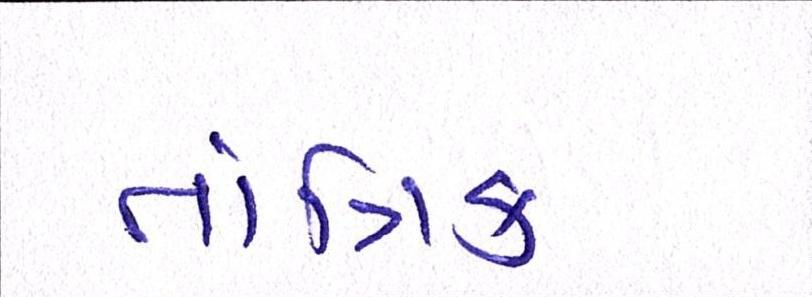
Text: તાંત્રિક